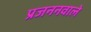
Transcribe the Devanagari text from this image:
प्रजननवाले